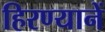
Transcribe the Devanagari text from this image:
हिरण्यानें